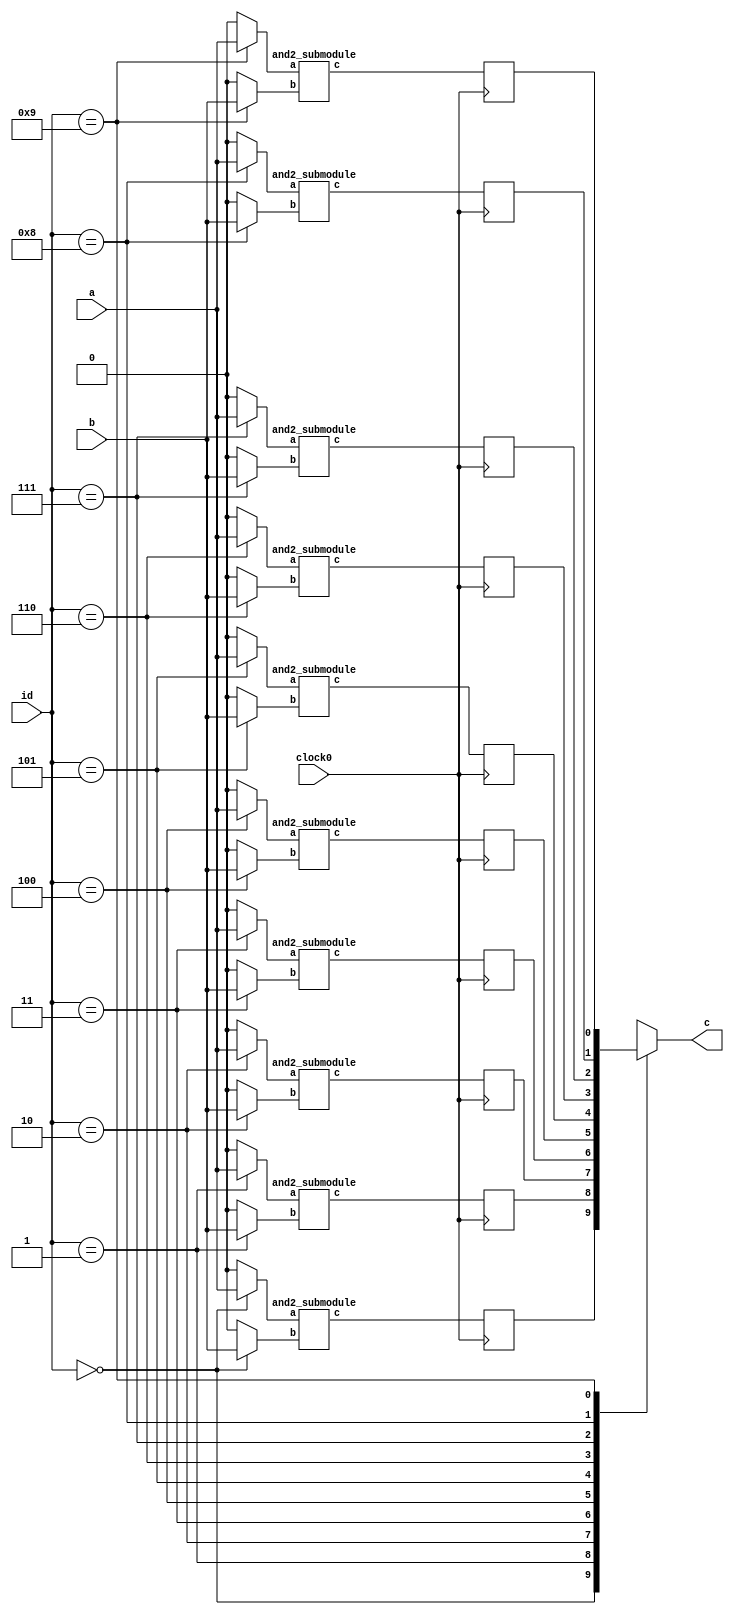
/////////////////////////////////////////
//  Functionality: 2-input AND 
////////////////////////////////////////
`timescale 1ns / 1ps
module and2#(parameter Total_Instances = 10)(input clock0,input a,input b,output c,input [$clog2(Total_Instances)-1:0]id);
wire [0:0]c_sub_out[0:Total_Instances-1];
reg [0:0]a_sub_in[0:Total_Instances-1];
reg [0:0]b_sub_in[0:Total_Instances-1];
reg [0:0]c_sub_out_reg[0:Total_Instances-1];
genvar i;
integer j;
generate 
  for(i=0;i<Total_Instances;i=i+1)begin
    and2_submodule and2_submodule(.a(a_sub_in[i]),.b(b_sub_in[i]),.c(c_sub_out[i]));
  end
endgenerate

always@(*)begin
  for(j=0;j<Total_Instances;j=j+1)begin
    a_sub_in[j]='d0;
    b_sub_in[j]='d0;
  end
  a_sub_in[id]=a;
  b_sub_in[id]=b;
  end
always@(posedge clock0)begin
for(j=0;j<Total_Instances;j=j+1)begin
  c_sub_out_reg[j]<=c_sub_out[j];
end
end
assign c = c_sub_out_reg[id];
endmodule

module and2_submodule(
  a,
  b,
  c);

input wire a;
input wire b;
output wire c;

assign c = a & b;

endmodule